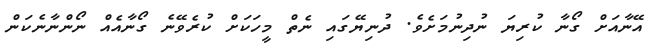
އޭނާއަށް ގޯނާ ކުރިޔަ ނުދިނުމަށެވެ. ދުނިޔޭގައި ނެތް މީހަކަށް ކުރެވޭނެ ގޯނާއެއް ނޯންނާނެކަން